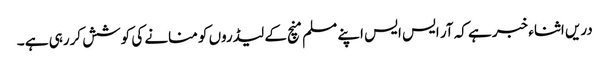
دریں اثناء خبر ہے کہ آر ایس ایس اپنے مسلم منچ کے لیڈروں کو منانے کی کوشش کررہی ہے ۔